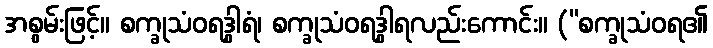
အစွမ်းဖြင့်။ စက္ခုသံဝရဒွါရံ၊ စက္ခုသံဝရဒွါရလည်းကောင်း။ (“စက္ခုသံဝရ၏